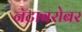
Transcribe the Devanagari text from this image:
नॅटाबरोबर